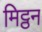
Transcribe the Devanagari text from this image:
मिट्ठन